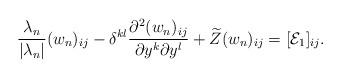
LaTeX: \begin{align*} \frac{\lambda_n}{|\lambda_n|} (w_n)_{ij} - \delta^{kl} \frac{\partial^2 (w_n)_{ij}}{\partial y^k \partial y^l} + \widetilde{Z}(w_n)_{ij} = [\mathcal{E}_1]_{ij}.\end{align*}